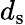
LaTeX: d_{\mathrm{{s}}}